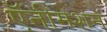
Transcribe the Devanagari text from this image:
ऍनीमेशन